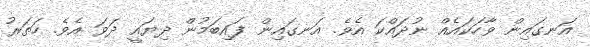
އަނގައިން ވާހަކައެއް ނުދައްކަ އެވެ. އަނގައިން ފައިބަމުން ދިޔައީ ދަވަ އެވެ. ހަތަރު